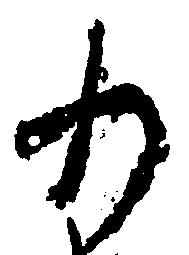
わ